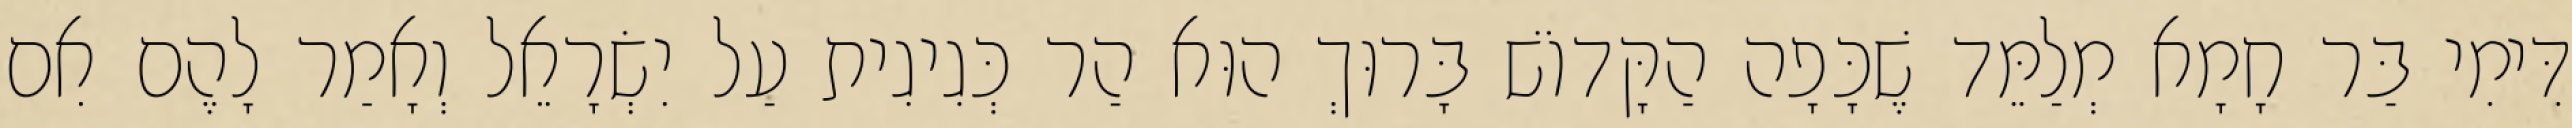
דִּימִי בַּר חָמָא מְלַמֵּד שֶׁכָּפָה הַקָּדוֹשׁ בָּרוּךְ הוּא הַר כְּגִיגִית עַל יִשְׂרָאֵל וְאָמַר לָהֶם אִם